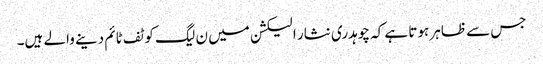
جس سے ظاہر ہوتا ہے کہ چوہدری نثار الیکشن میں ن لیگ کو ٹف ٹائم دینے والے ہیں۔